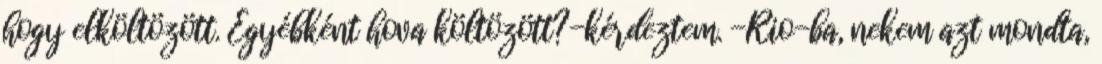
hogy elköltözött. Egyébként hova költözött?-kérdeztem. -Rio-ba, nekem azt mondta,